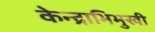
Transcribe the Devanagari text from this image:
केन्द्राभिमुखी